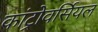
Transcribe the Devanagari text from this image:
कांट्रोवर्सियल